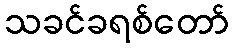
သခင်ခရစ်တော်